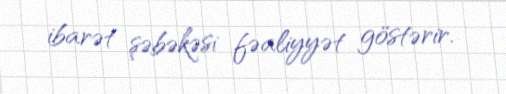
ibarət şəbəkəsi fəaliyyət göstərir.